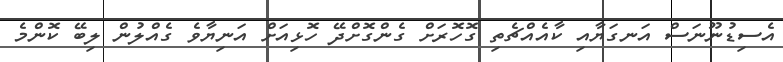
އެސިޑުނޫނަސް އަނގަޔާއި ކާއެއްޗެތި ގޮހޮރަށް ގެންގޮށްދޭ ހޮޅިއަށް އަނިޔާވެ ގެއްލުން ލިބޭ ކޮންމެ